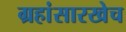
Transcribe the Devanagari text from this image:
ग्रहांसारखेच